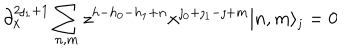
LaTeX: \partial _ { x } ^ { 2 \jmath _ { 1 } + 1 } \sum _ { n , m } z ^ { h - h _ { 0 } - h _ { 1 } + n } x ^ { \jmath _ { 0 } + \jmath _ { 1 } - \jmath + m } | n , m \rangle _ { \jmath } = 0